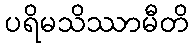
ပရိမသိဿာမီတိ